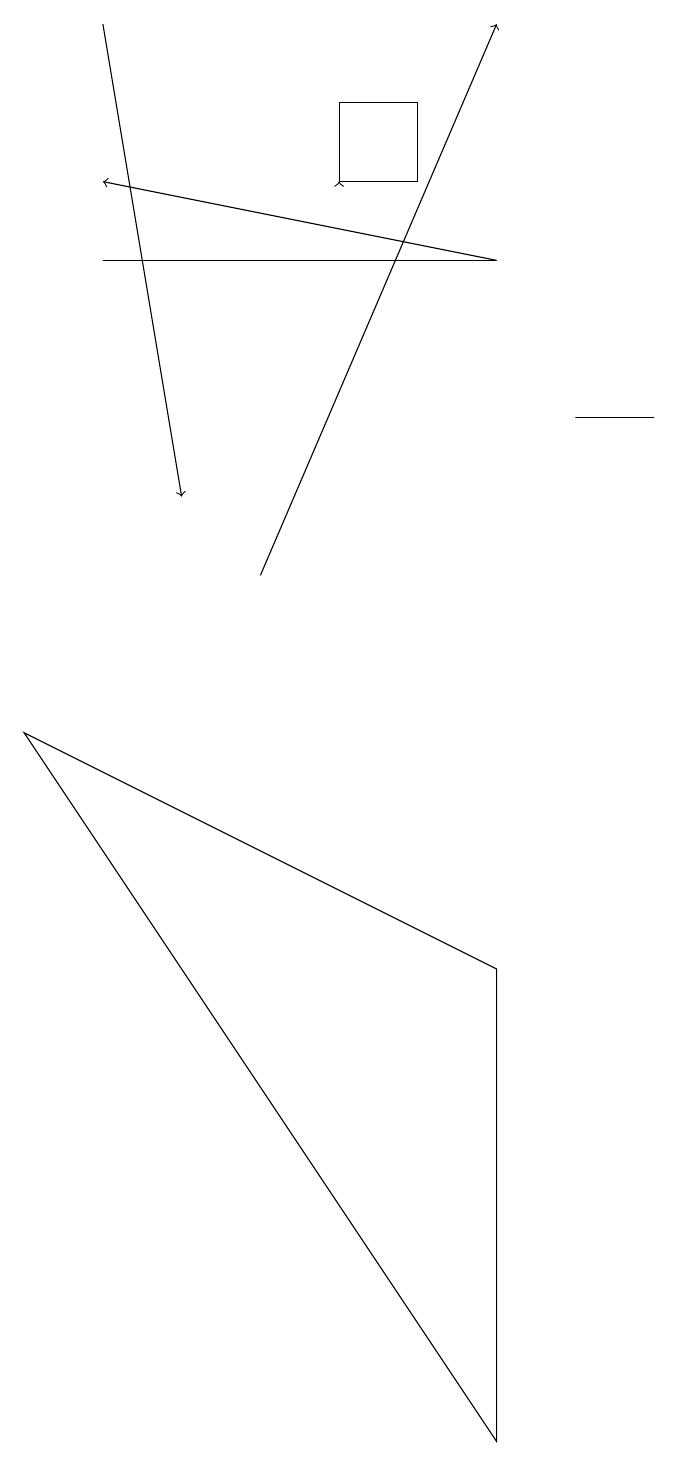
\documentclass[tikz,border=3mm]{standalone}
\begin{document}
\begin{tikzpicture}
\draw[->] (7,15) -- (2,16);
\draw[->] (4,11) -- (7,18);
\draw (6,16) rectangle (5,17);
\draw[->] (5,16) -- (5,16);
\draw (8,13) rectangle (9,13);
\draw (7,6) -- (7,0) -- (1,9) -- cycle;
\draw (7,15) rectangle (2,15);
\draw[->] (2,18) -- (3,12);
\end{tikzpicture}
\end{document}